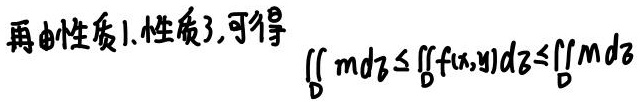
再由性质1.性质3,可得
\[\underset{D}{\iint }md\sigma \leq \underset{D}{\iint }f(x,y)d\sigma \leq \underset{D}{\iint }Md\sigma\]